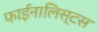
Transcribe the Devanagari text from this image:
फाईनालिस्टस